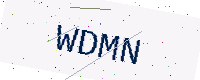
Text: WDMN